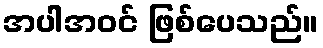
အပါအဝင် ဖြစ်ပေသည်။